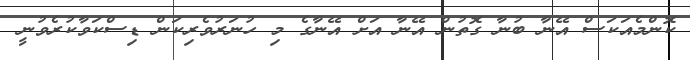
ކޮންމެއަކަސް އޭނާ ބުނާ ގޮތުން އޭނާ އަށް އޭނާގެ މި ހުނަރުވެރިކަން ޑިސްކަވާކުރެވުނީ